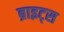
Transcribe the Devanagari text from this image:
ब्राइट्स